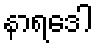
နာရဒေါ